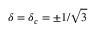
\delta = \delta _ { c } = \pm 1 / \sqrt { 3 }